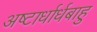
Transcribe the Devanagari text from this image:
अष्टार्धार्धबाहु